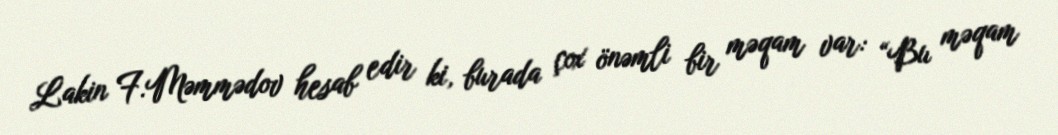
Lakin F.Məmmədov hesab edir ki, burada çox önəmli bir məqam var: “Bu məqam